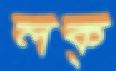
লক্